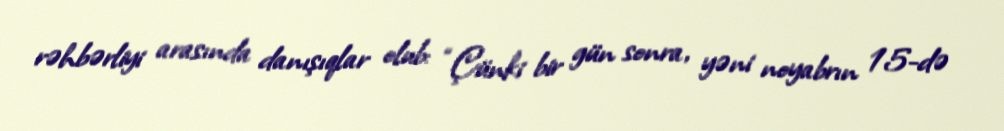
rəhbərliyi arasında danışıqlar olub: “Çünki bir gün sonra, yəni noyabrın 15-də